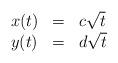
LaTeX: \begin{align*} \begin{array}{lll} x(t) & = & c\sqrt{t} \\ y(t) & = & d\sqrt{t} \end{array}\end{align*}